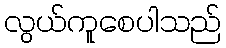
လွယ်ကူစေပါသည်